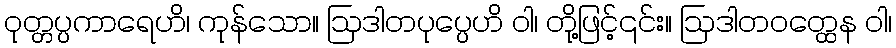
ဝုတ္တပ္ပကာရေဟိ၊ ကုန်သော။ ဩဒါတပုပ္ပေဟိ ဝါ၊ တို့ဖြင့်၎င်း။ ဩဒါတဝတ္ထေန ဝါ၊